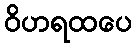
ဝိဟရထပေ